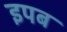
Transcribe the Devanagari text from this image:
इपब